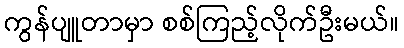
ကွန်ပျူတာမှာ စစ်ကြည့်လိုက်ဦးမယ်။